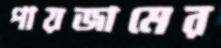
পায়জামের